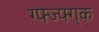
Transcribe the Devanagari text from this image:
ग्फ्ज्फ्ग्क